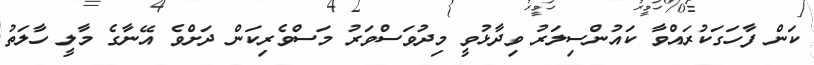
ކަން ފާހަގަކުރައްވާ ކައުންސިލަރު ވިދާޅުވީ މިދުވަސްވަރު މަސްވެރިކަން ދަށްވެ އޭނާގެ މާލީ ހާލަތު